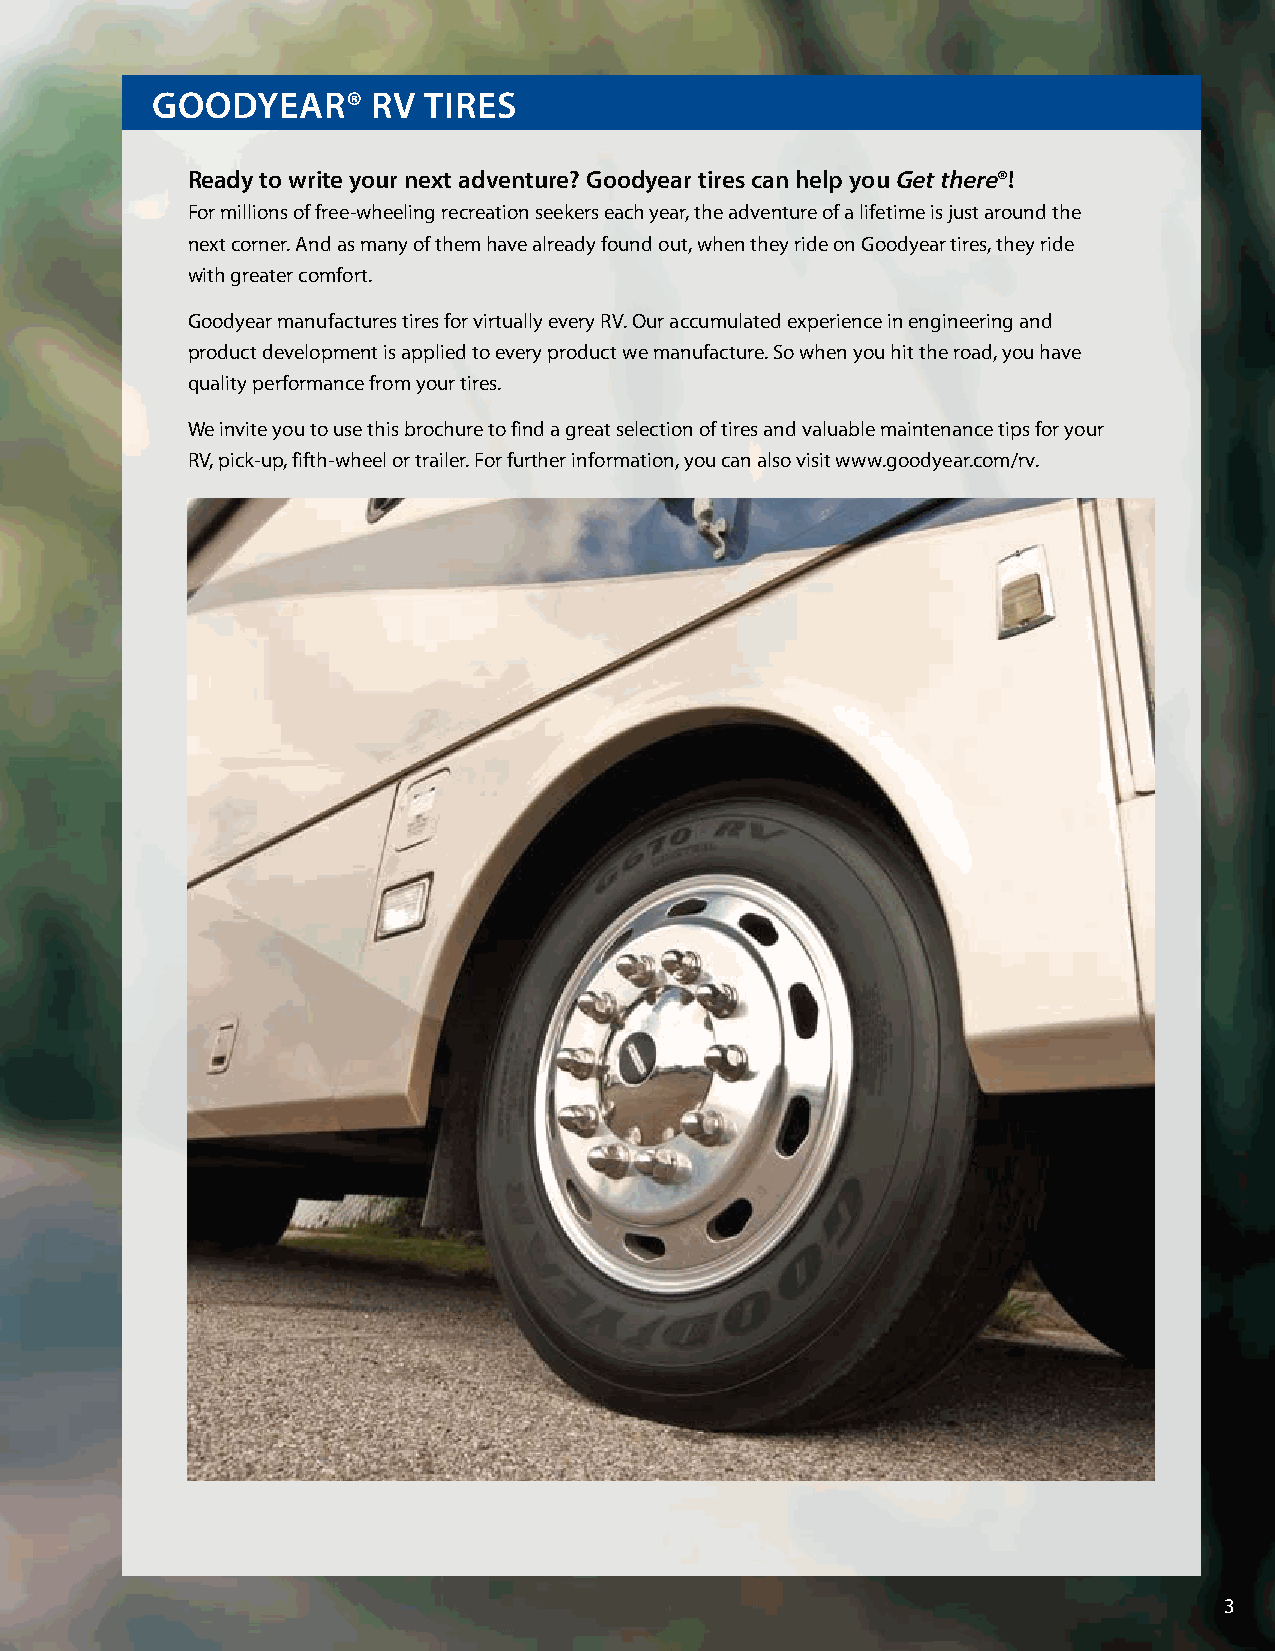
GoodyeaR®      RV TIRes
 Ready to write your next adventure? Goodyear tires can help you Get there®!
 For millions of free-wheeling recreation seekers each year, the adventure of a lifetime is just around the
 next corner. And as many of them have already found out, when they ride on Goodyear tires, they ride
 with greater comfort.
 Goodyear manufactures tires for virtually every RV. Our accumulated experience in engineering and
 product development is applied to every product we manufacture. So when you hit the road, you have
 quality performance from your tires.
 We invite you to use this brochure to find a great selection of tires and valuable maintenance tips for your
 RV, pick-up, fifth-wheel or trailer. For further information, you can also visit www.goodyear.com/rv.
 3